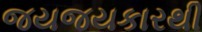
જયજયકારથી